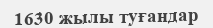
1630 жылы туғандар